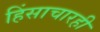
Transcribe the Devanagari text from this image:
हिंसाचारही